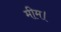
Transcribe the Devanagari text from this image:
मीम।